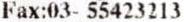
FAX:03- 55423213